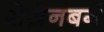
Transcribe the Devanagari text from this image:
रोज़ेनबर्ग